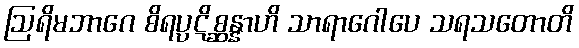
ဩရိမဘာဂေ စိရပ္ပဋိစ္ဆန္နာဟိ သာရာဂေါပေ သရသတောတိ